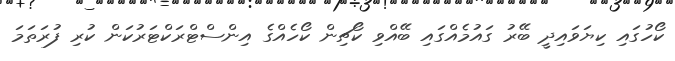
ކޯހުގައި ކިޔަވައިދީ ބޭރު ގައުމެއްގައި ބޭއްވި ކޯޗިން ކޯހެއްގެ އިންސްޓްރަކްޓަރުކަން ކުރި ފުރަތަމަ